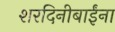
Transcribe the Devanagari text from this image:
शरदिनीबाईंना